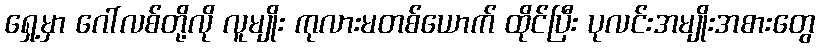
ရှေ့မှာ ဂေါ်လစ်တို့လို လူမျိုး ကုလားမတစ်ယောက် ထိုင်ပြီး ပုလင်းအမျိုးအစားတွေ